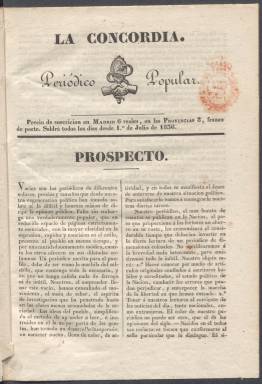
Título: La Concordia (Madrid. 1836)
Colección: Periódicos anteriores a 1850
Ámbito geográfico: Madrid
Lugar de publicación: Madrid
Fechas: 01/07/1836-11/08/1836